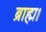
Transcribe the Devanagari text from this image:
ब्राह्म।